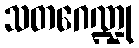
သတဂေဏ္ဍု